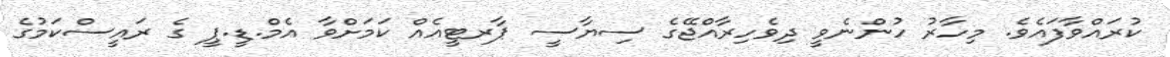
ކުރައްވާފައެވެ. މިހާރު ހުންނެވީ ދިވެހިރާއްޖޭގެ ސިޔާސީ ޕާރޓީއެއް ކަމަށްވާ އެމް.ޑީ.ޕީ ގެ ރައީސްކަމުގެ